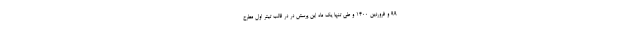
99 و فروردین 1400 و طی تنها یک ماه این پرسش در در قالب تیتر اول مطرح